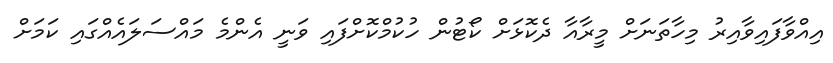
އިއްވާފައިވާއިރު މިހާތަނަށް މީރާއާ ދެކޮޅަށް ކޯޓުން ހުކުމްކޮށްފައި ވަނީ އެންމެ މައްސަލައެއްގައި ކަމަށް